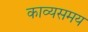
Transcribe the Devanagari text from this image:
काव्यसमय